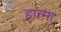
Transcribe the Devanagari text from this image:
हात्मा